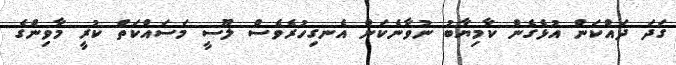
ގަދަ ދައްކަން އުޅެގެން ކާމިޔާބު ނުވާނެކަން އެނގިހުރެވެސް ލޫސީ މަސައްކަތް ކުރީ މާވިންގެ